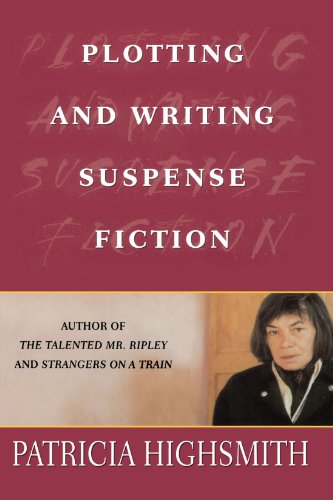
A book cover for Plotting and Writing Suspense Fiction; Patricia Highsmith; Mystery, Thriller & Suspense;